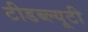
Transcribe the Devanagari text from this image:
टीडब्ल्यूटी